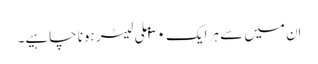
اِن میں سے ہر ایک ۳۰ ملی لیٹر ہونا چاہیے۔